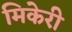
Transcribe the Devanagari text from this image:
मिकेरी